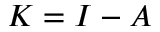
K = I - A